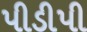
પીડીપી